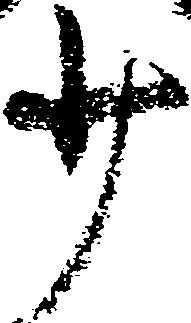
少